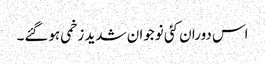
اس دوران کئی نوجوان شدید زخمی ہوگئے۔